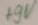
Text: +9V